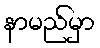
နာမည်မှာ